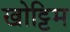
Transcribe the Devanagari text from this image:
खोट्टिम